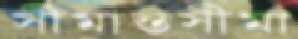
সীমান্তসীমা